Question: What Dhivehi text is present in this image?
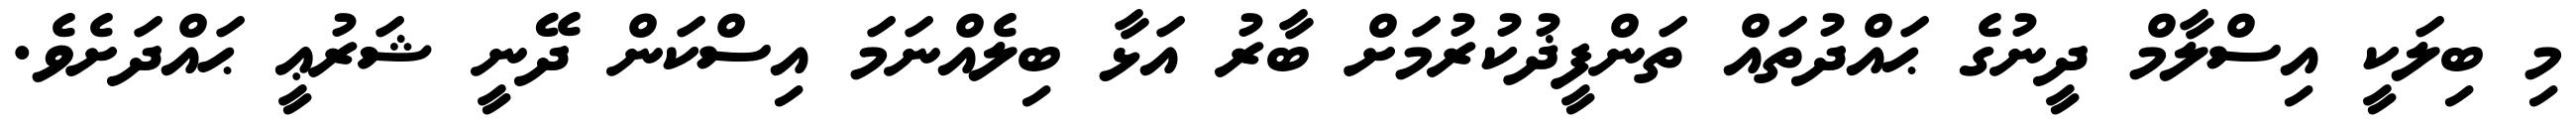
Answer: މި ބިލަކީ އިސްލާމް ދީނުގެ ޙައްދުތައް ތަންފީޛުކުރުމަށް ބާރު އަޅާ ބިލެއްނަމަ އިސްކަން ދޭނީ ޝަރުޢީ ޙައްދަށެވެ.